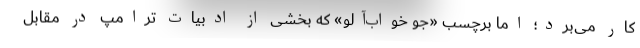
کار می‌برد؛ اما برچسب «جو خواب‌آلو» که بخشی از ادبیات ترامپ در مقابل